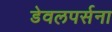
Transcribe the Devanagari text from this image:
डेवलपर्सना